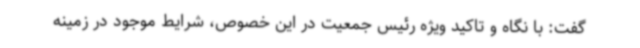
گفت: با نگاه و تاکید ویژه رئیس جمعیت در این خصوص، شرایط موجود در زمینه